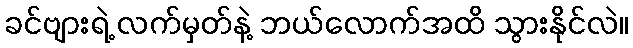
ခင်ဗျားရဲ့ လက်မှတ်နဲ့ ဘယ်လောက်အထိ သွားနိုင်လဲ။